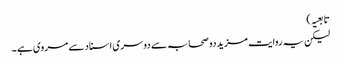
تابعیہ )
لیکن یہ روایت مزید دو صحابہ سے دوسری اسناد سے مروی ہے ۔